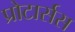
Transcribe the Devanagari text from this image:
प्रोटार्सस